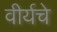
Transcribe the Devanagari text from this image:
वीर्यचे